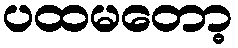
ပထမတော့